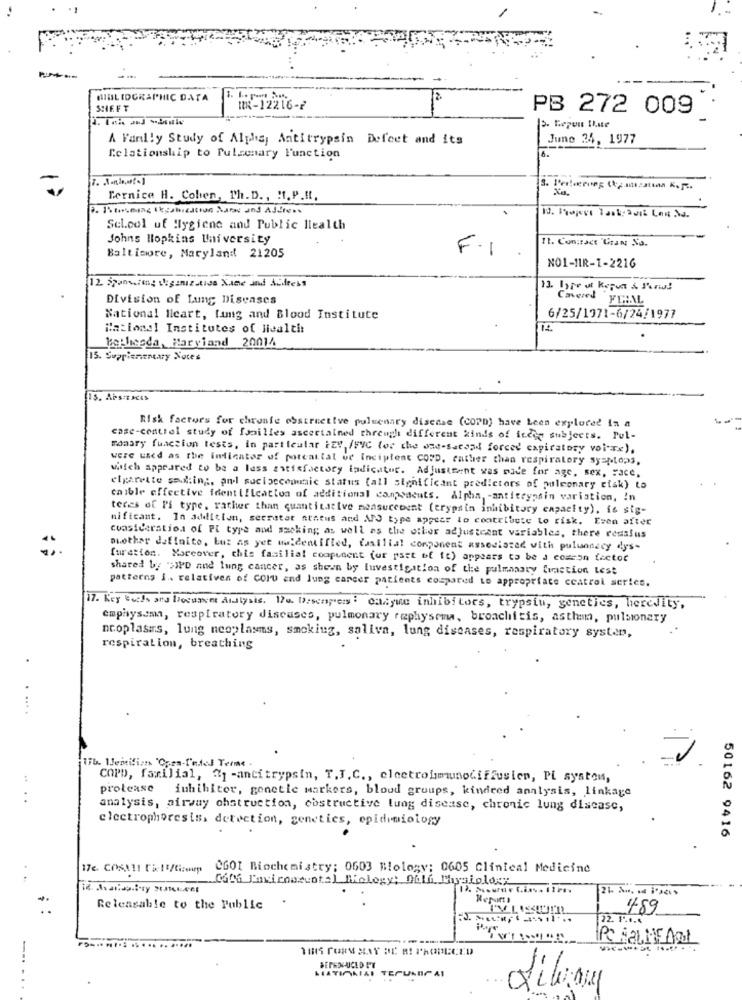
BIBLIOGRAPHIC DATA
12
SHEFT
HR-12216-7
PB 272 009
A Family Study of Alpha, Antitrypsin Defeet and its
June 24, 1977
Relationship to Pulsemary Function
6.
Xe,
Pernice H. Cohen, Th. D ., H. P.It.
Sel.col uf Hygiene and Public Health
Johns Hopkins University
It. Contact 'Uran No.
F.1
Baltimore, Maryland 21205
NO1-11R-1-2216
12. Sponsoring diganizatids Xane and Alifress
13. bype ot kepen & Perio!
Division of famg Diseases
Covered FIRM
National Heart, famg and Blood Institute
6/25/1971-6/24/1977
National Institutes of Health
12
bethesda, Harviand 20014
15. Supplementary Notes
IS. APs:BACKS
Risk factors for chronfe obstructive pulmonary disease (COPD) have Leen explored In a
case-control study of families ascertained through different kinds of isccp subjects. Pul-
mamary function tests, in particular FEW /FVC for the one-sacand forced expiratory voire),
were used as the indicator of potential of Incipient COPD, rather than respiratory syeptops,
which appeared to be a less satisfactory indicator. Adjustment was nice for age, sex, Face,
elgarette soul:ing :, andl sucioccopunic status (all significant predictors of puleonary ciak) to
caible effective identification of additional conppacuts. Alpha, - antitrypsin variation, In
teres of Pi type, rather than quantitative measurement (trypsin inhibitory capacity), is sig-
nificant. In addition, secretar status and APS type appeer to contribute to risk. Even after
consideration of PI type and smoking as well as the other adjustcant variables, there rossius
Diother definito, but as yet wwidentified, fasilial component associated with pulunnacy dys-
function. Moreover, this familial component (or part of it) appears to be a common factor
shared by ">>Po and lung cancer, as shown by Investigation of the pulmnasty fraction Lest
patterns i. relatives of COID and lung cancer patients compared to appropriate ccatrol series.
17. Key Buchs and Document dialysis. 170 Discoper : calme inhibitors, trypsin, genetics, heredity,
emphysema, respiratory diseases, pulmonary raphysema, bronchitis, asthem, pulsionary
neoplasms, lung neoplasms, smoking, saliva, lung diseases, respiratory system,
respiration, breathing
...
COPD, familial, "1 -antitrypsin, T.J.C ., electroimunodiffusien, Pi system,
protease inhibitor, genetic markers, bloud groups, kindred analysis, linkage
analysis, airway ohstruction, obstructive lung disease, chronic lung disease,
electrophoresis, detection, genetics, epidemiology
50162 9416
CGOI Biochemistry; 0603 Mology: 0605 Clinical Medicine
„CoCh Taxiconcuota] Miology: Obli Physiology
.
Reports
Releasable to the Public
489
22. 1.1.4
PC BALNEARI
--
SEPEN-UCED PT
- -
HIATIMAIAI TEPULBICAI